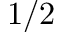
1 / 2